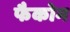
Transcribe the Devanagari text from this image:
फैकोम